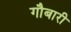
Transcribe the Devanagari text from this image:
गौबारी